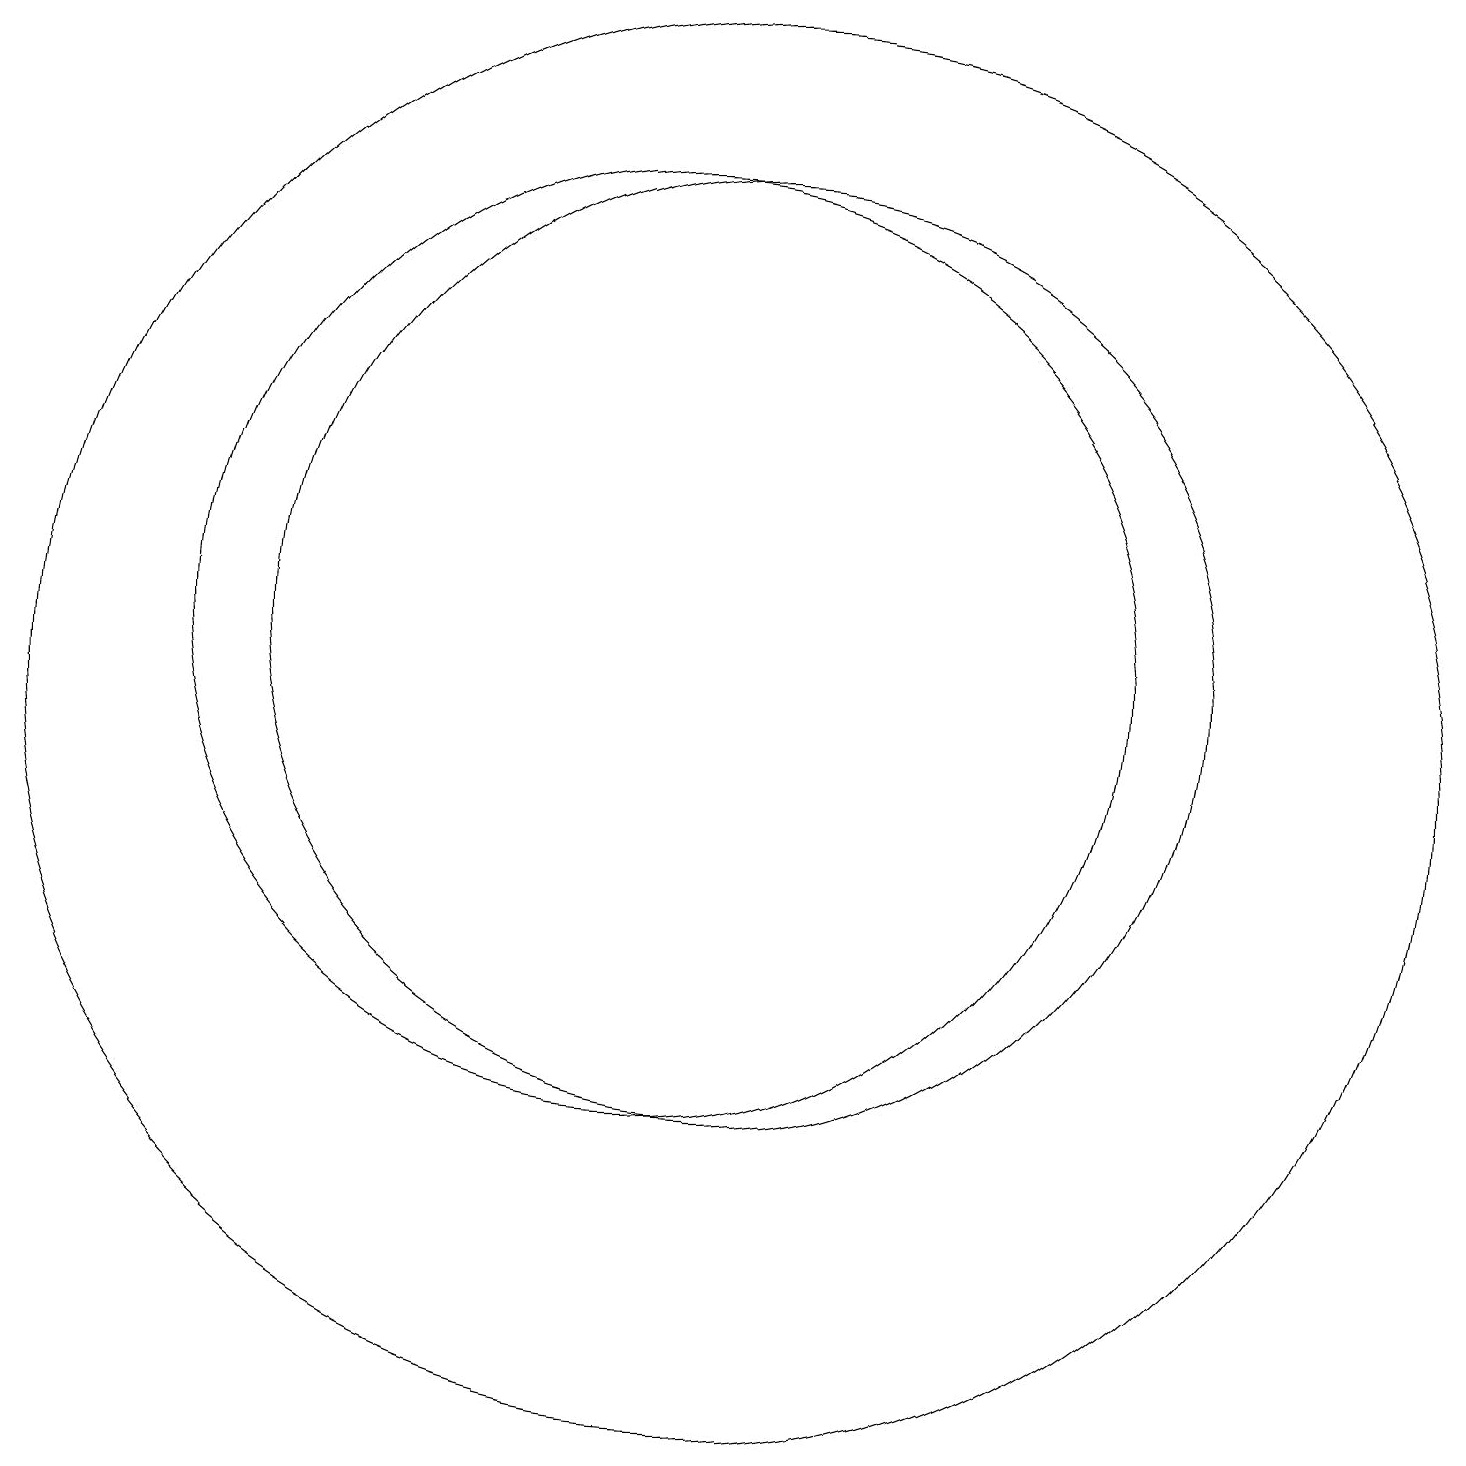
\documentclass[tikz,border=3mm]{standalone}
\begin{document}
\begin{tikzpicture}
\draw (11,12) circle (6);
\draw (11,11) circle (9);
\draw (10,12) circle (6);
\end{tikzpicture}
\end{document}